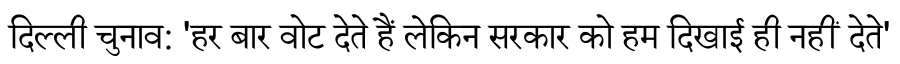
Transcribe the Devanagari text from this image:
दिल्ली चुनाव: 'हर बार वोट देते हैं लेकिन सरकार को हम दिखाई ही नहीं देते'